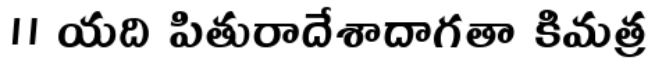
॥ యది పితురాదేశాదాగతా కిమత్ర